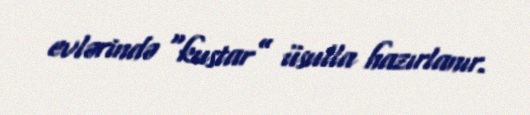
evlərində “kustar” üsulla hazırlanır.